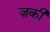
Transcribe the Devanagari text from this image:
ज़की